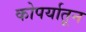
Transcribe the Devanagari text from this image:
कोपर्यातून